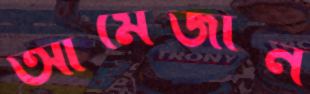
আমেজান